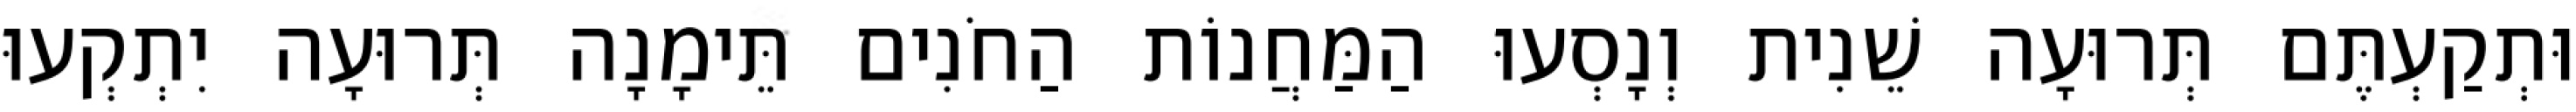
וּתְקַעְתֶּם תְּרוּעָה שֵׁנִית וְנָסְעוּ הַמַּחֲנוֹת הַחֹנִים תֵּימָנָה תְּרוּעָה יִתְקְעוּ